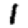
Digit: 1